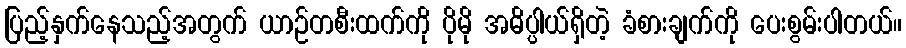
ပြည့်နှက်နေသည့်အတွက် ယာဉ်တစီးထက်ကို ပိုမို အဓိပ္ပါယ်ရှိတဲ့ ခံစားချက်ကို ပေးစွမ်းပါတယ်။